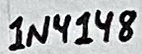
Text: 1N4148